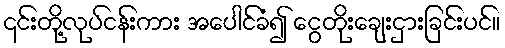
၎င်းတို့လုပ်ငန်းကား အပေါင်ခံ၍ ငွေတိုးချေးငှားခြင်းပင်။